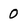
Character: 0